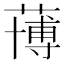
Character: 𮑀